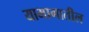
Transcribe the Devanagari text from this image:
याभागातील